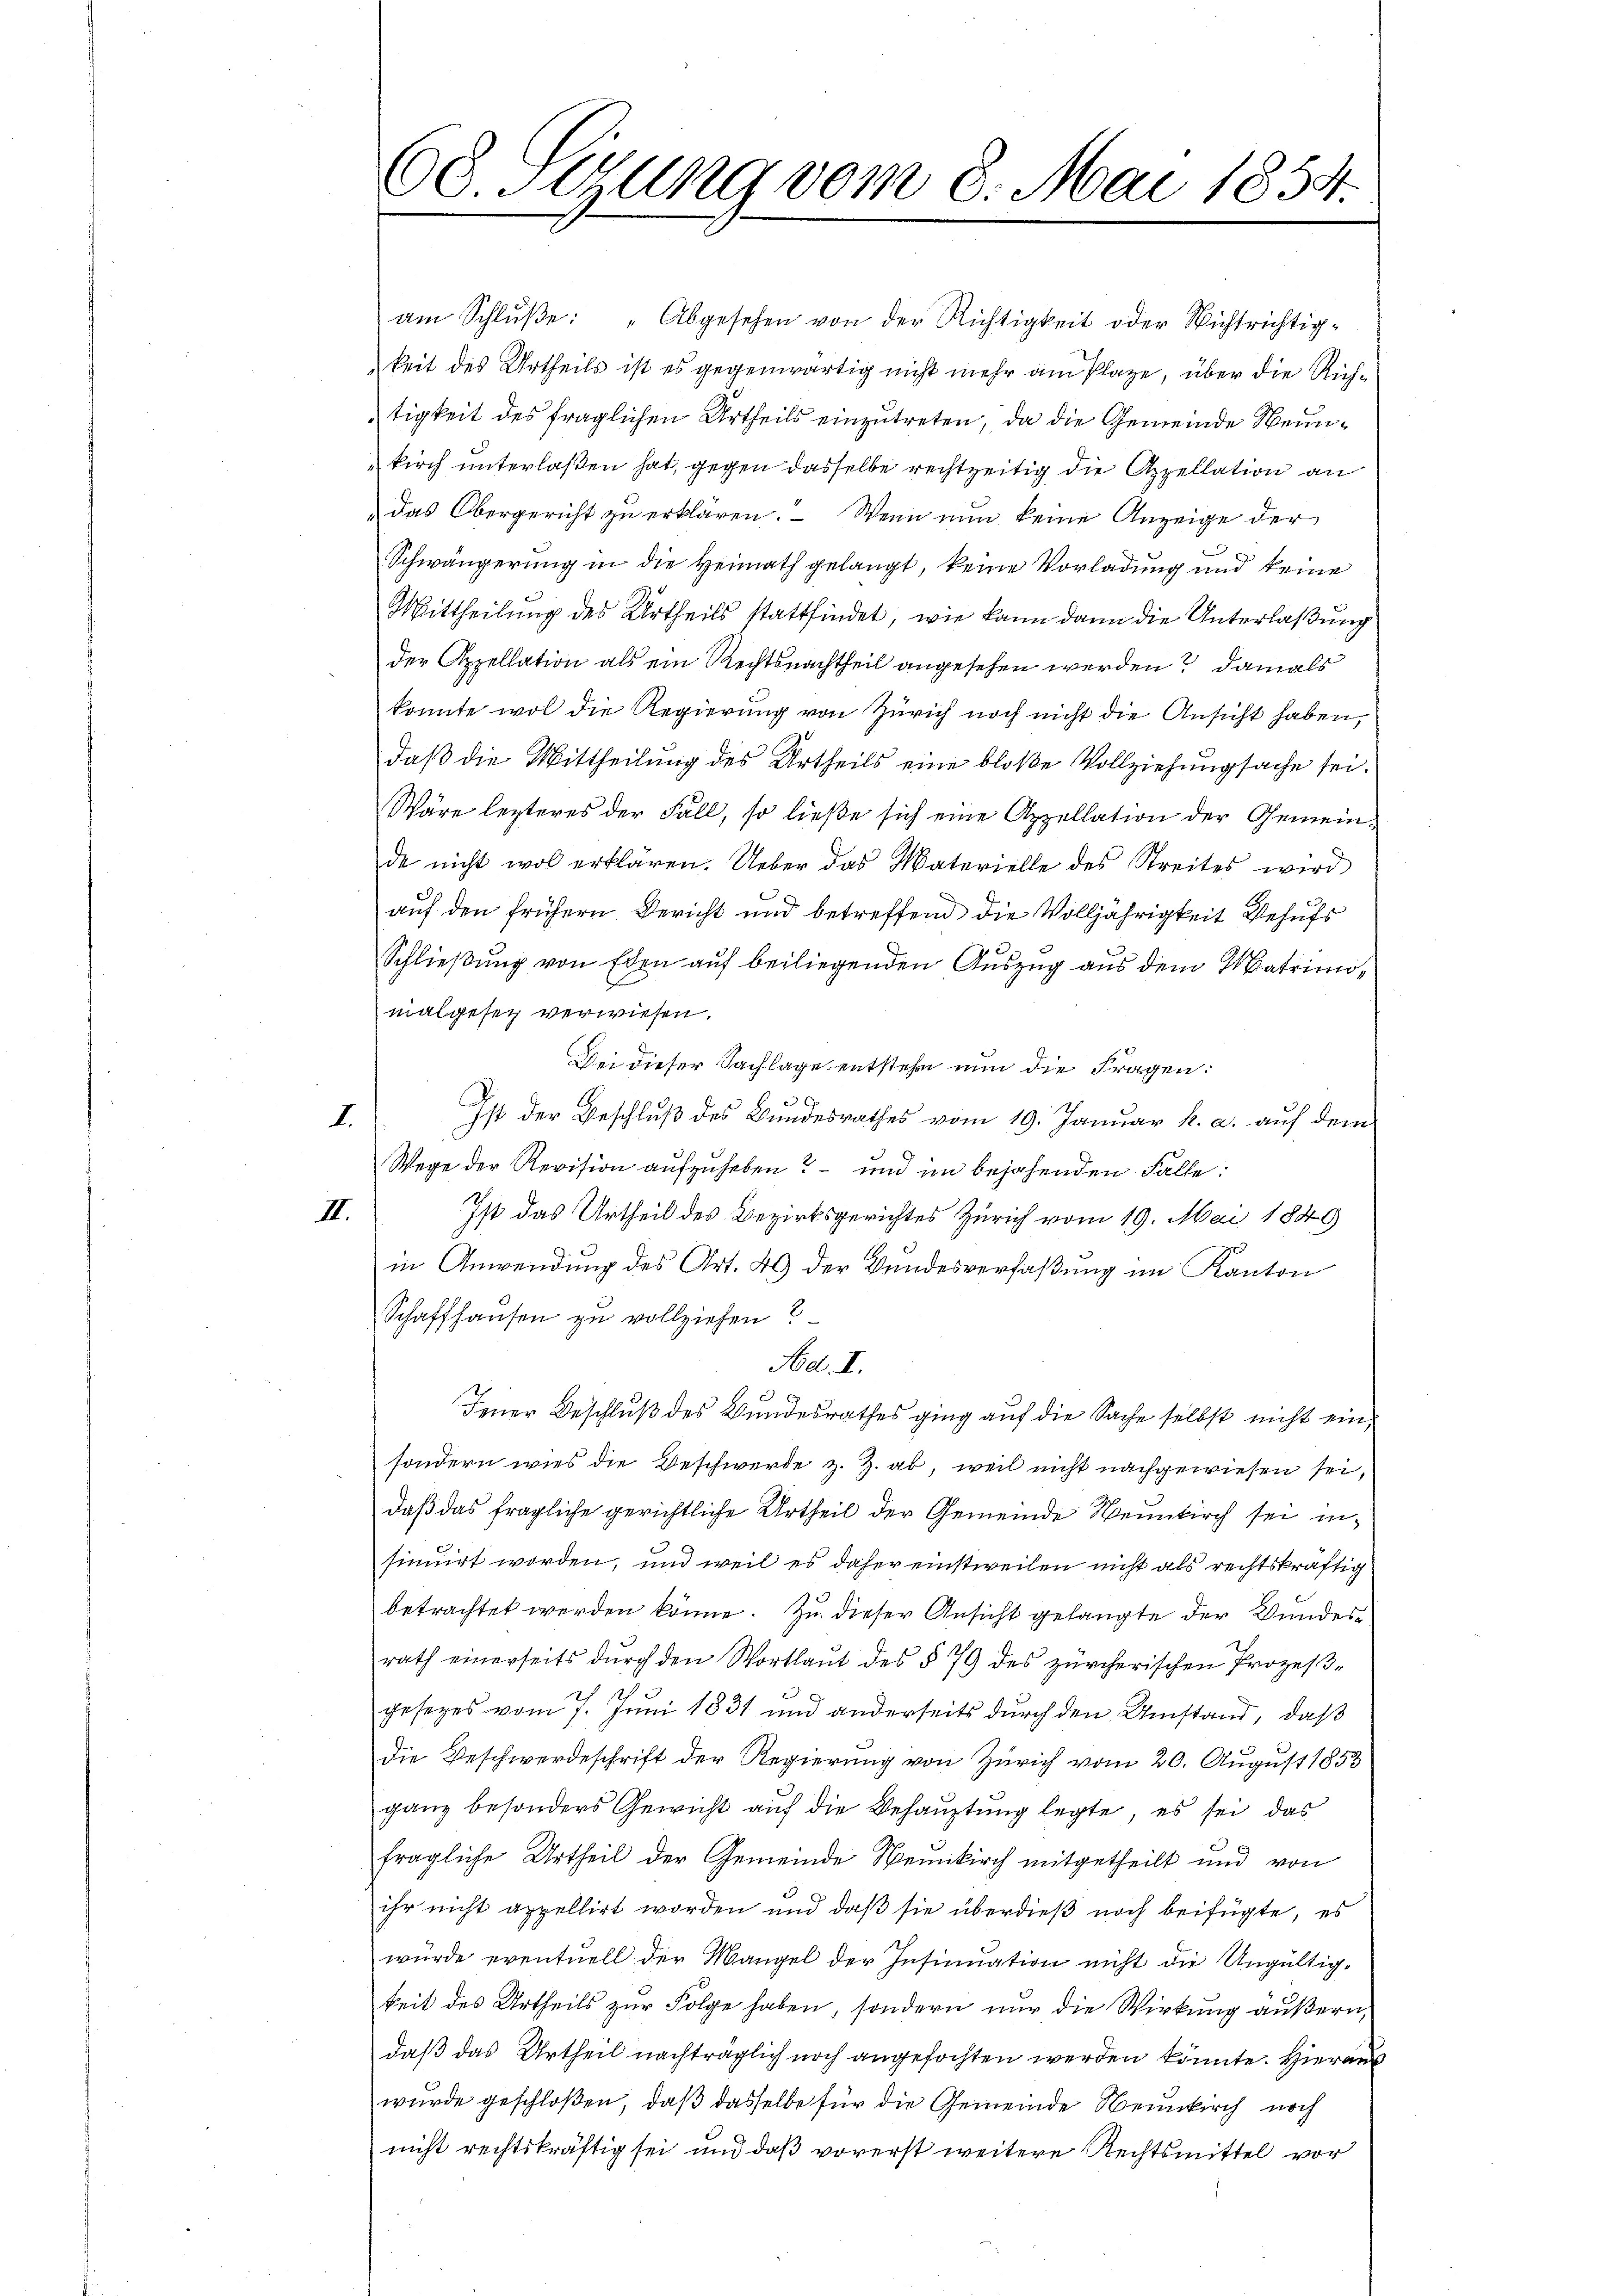
II.

68 Iuung vom 8. Mai 1854.

am Schlŭβe: "Abgesehen von der Richtigkeit oder Nichtrichtig-
keit des Urtheils ist es gegenwärtig nicht mehr am Plaze, über die Richtigkeit des fraglichen Urtheils einzutreten, da die Gemeinde Weinkirch unterlaßen hat, gegen dasselbe rechtzeitig die Appellation an
Das Obergericht zu erklären. – Wenn nun keine Anzeige der
3.
Schwängerung in die Heimath gelangt, keine Vorladung und keine
Mittheilung des Urtheils stattfindet, wie kann dann die Unterlaßung
der Appellation als ein Rechtsnachtheil angesehen werden, damals
konnte wol die Regierung von Zürich noch nicht die Ansicht haben,
daß die Mittheilung des Urtheils eine bloße Vollziehungsache sei.
Wäre lezteres der Fall, so ließe sich eine Appellation der Gemeinde nicht wol erklären. Ueber das Materielle des Streites wird
auf den frühern Bericht und betreffend die Volljährigkeit behufs
Schließung von Eden auf beiliegenden Auszug aus dem Matrimonialgesez verwiesen.
Bei dieser Sachlage entstehe nun die Fragen:
¬
Ist der Beschluß des Bundesrathes vom 19. Januar k. a. auf dem
I.
Wege der Revision aufzuheben? – und im bejahenden Falle:
Ist das Urtheil des Bezirksgerichtes Zürich vom 19. Mai 1849
in Anwendung des Art. 49 der Bundesverfaßung im Kanton
Schaffhausen zu vollziehen?
Ad. I.
Jener Beschluß des Bundesrathes ging auf die Sache selbst nicht einsondern wies die Beschwerde z. Z. ab, weil nicht nachgewiesen sei,
daß das fragliche gerichtliche Urtheil der Gemeinde Neunkirch sei in
sinuirt worden, und weil es daher einstweilen nicht als rechtskräftig
betrachtet werden könne. Zu dieser Ansicht gelangte der Wundesrath einerseits durch den Wortlaut des § 79 des zürcherischen Prozeßgesetzes vom 7. Juni 1831 und anderseits durch den Umstand, daß
die Beschwerdeschrift der Regierung von Zürich vom 20. August 1853
ganz besonders Gewicht auf die Behauptung legte, es sei das
fragliche Urtheil der Gemeinde Neunkirch mitgetheilt und von
ihr nicht appellirt worden und daß sie überdieß noch beifügte, es
würde eventuell der Mangel der Insinuation nicht die Ungültig-
keit des Urtheils zur Folge haben, sondern nur die Wirkung äußern,
daß das Urtheil nachträglich noch angefochten werden könnte. Hieraus
wurde geschloßen, daß dasselbe für die Gemeinde Neunkirch noch
nicht rechtskräftig sei und daß vorerst weitere Rechtsmittel vor